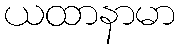
ယထာနာမာ